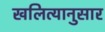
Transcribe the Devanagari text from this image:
खलित्यानुसार